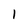
Character: 1